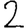
Digit: 2